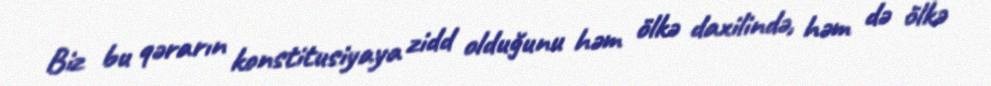
Biz bu qərarın konstitusiyaya zidd olduğunu həm ölkə daxilində, həm də ölkə